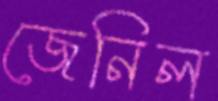
জেনিল